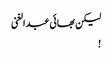
لیکن بھائی عبدالغنی
!